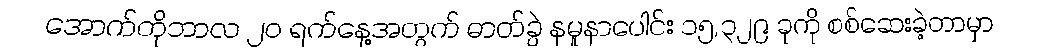
အောက်တိုဘာလ ၂၀ ရက်နေ့အတွက် ဓာတ်ခွဲ နမူနာပေါင်း ၁၅,၃၂၉ ခုကို စစ်ဆေးခဲ့တာမှာ